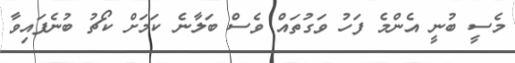
މެސީ ބުނީ އެންމެ ފަހު ވަގުތައް ވެސް ބަލާނެ ކަމަށް ކޯޗު ބުނެފައިވާ